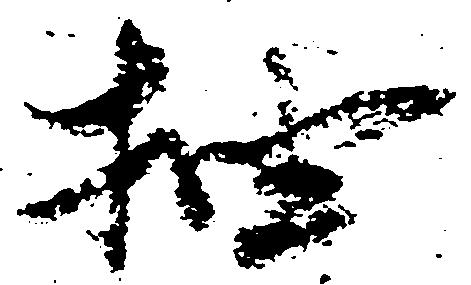
抽